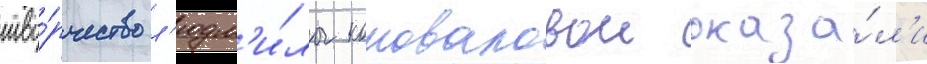
тво́рчество л'юдм'и́лы коноваловои оказа́л'и